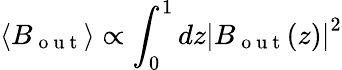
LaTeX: \langle B_{\mathrm{~o~u~t~}}\rangle\propto\int_{0}^{1}dz{\left|B_{\mathrm{~o~u~t~}}(z)\right|}^{2}